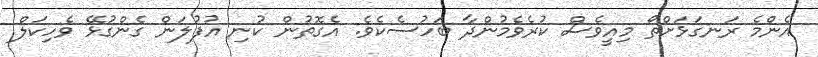
އެންމެ ރަނގަޅަށްތޯ މިއީވެސް ކުރެވެމުންދާ ބަހުސެކެވެ. އެގޮތުން ކުނި އުފުލަން ގެންގުޅޭ ވެހިކަލް